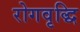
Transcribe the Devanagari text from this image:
रोगवृद्धि